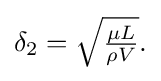
{\delta }_{2}={\sqrt {\tfrac {\mu L}{\rho V}}}.\,\!